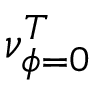
\nu _ { \phi = 0 } ^ { T }